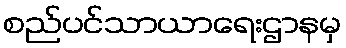
စည်ပင်သာယာရေးဌာနမှ